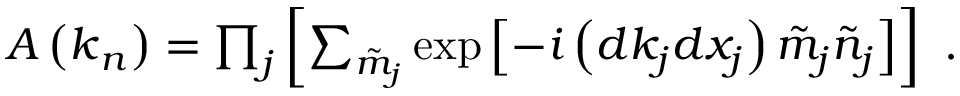
\begin{array} { r } { \boldsymbol { A } \left( \boldsymbol { k } _ { \boldsymbol { n } } \right) = \prod _ { j } \left[ \sum _ { \tilde { m } _ { j } } \exp \left[ - i \left( d k _ { j } d x _ { j } \right) \tilde { m } _ { j } \tilde { n } _ { j } \right] \right] } \end{array} .